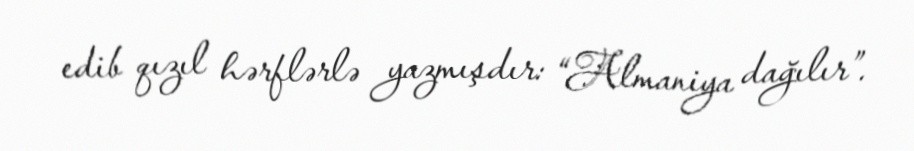
edib qızıl hərflərlə yazmışdır: “Almaniya dağılır”.